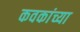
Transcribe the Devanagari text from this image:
कवकांच्या